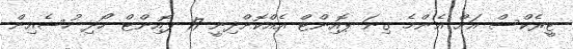
ޓީރެކްސް އަށް އެންމެ ގިނަ ޕޮއިންޓް އެއްކޮށްދިނީ 17 ޕޮއިންޓް ހޯދި ހުސެއިން